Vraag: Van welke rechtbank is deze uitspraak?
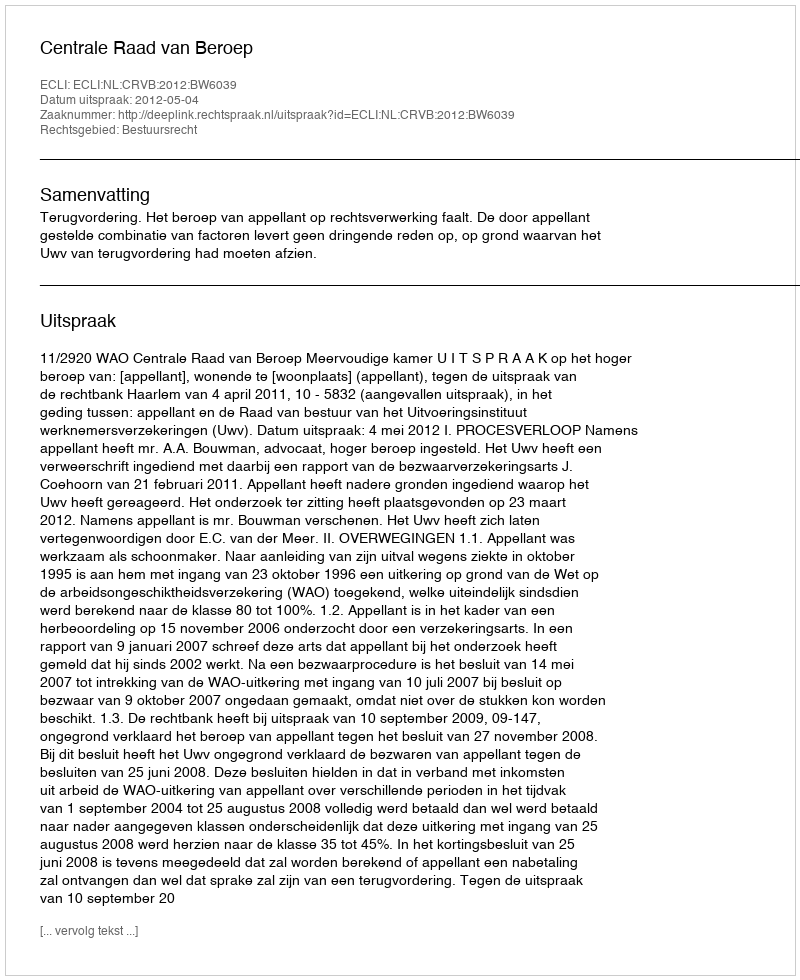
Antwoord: Centrale Raad van Beroep